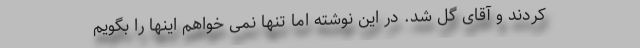
کردند و آقای گل شد. در این نوشته اما تنها نمی خواهم اینها را بگویم